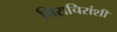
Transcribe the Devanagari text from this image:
चिराचिरांशी